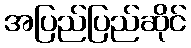
အပြည်ပြည်ဆိုင်